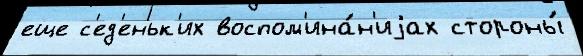
еще с'ед'еньк'их воспом'ина́н'иjах стороны́